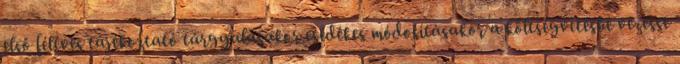
első féléves tájékoztató tárgyalásakor esedékes módosításakor a költségvetésbe vezesse